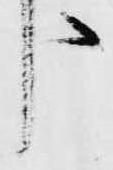
う